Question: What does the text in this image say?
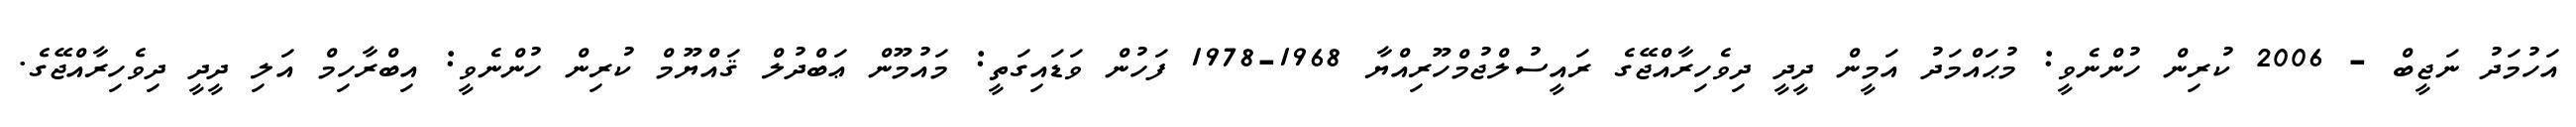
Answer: އަހުމަދު ނަޖީބް - 2006 ކުރިން ހުންނެވީ: މުޙައްމަދު އަމީން ދީދީ ދިވެހިރާއްޖޭގެ ރައީސުލްޖުމްހޫރިއްޔާ 1968-1978 ފަހުން ވަޑައިގަތީ: މައުމޫން ޢަބްދުލް ޤައްޔޫމް ކުރިން ހުންނެވީ: އިބްރާހިމް އަލި ދީދީ ދިވެހިރާއްޖޭގެ.